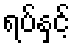
ရပ်နှင့်